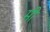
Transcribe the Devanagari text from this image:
मीं